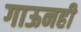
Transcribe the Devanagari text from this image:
गाऊनही